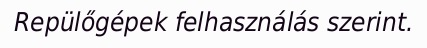
Repülőgépek felhasználás szerint.